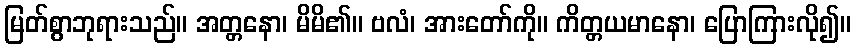
မြတ်စွာဘုရားသည်။ အတ္တနော၊ မိမိ၏။ ဗလံ၊ အားတော်ကို။ ကိတ္တယမာနော၊ ပြောကြားလို၍။